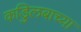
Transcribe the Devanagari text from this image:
कडुिलबाच्या